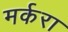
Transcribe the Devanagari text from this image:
मर्करा